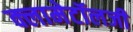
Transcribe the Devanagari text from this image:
क्लामेटॉलजी